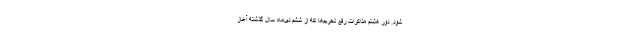
شود. دور هشتم مذاکرات رفع تحریم‌ها که از ششم دی‌ماه سال گذشته آغاز